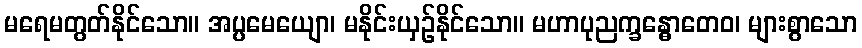
မရေမတွတ်နိုင်သော။ အပ္ပမေယျော၊ မနိုင်းယှဉ်နိုင်သော။ မဟာပုညက္ခန္ဓောတေဝ၊ များစွာသော